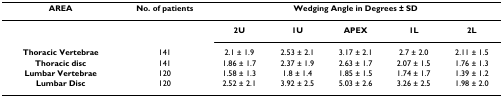
<table><thead><tr><td><b>AREA</b></td><td><b>No. of patients</b></td><td colspan="5"><b>Wedging Angle in Degrees ± SD</b></td></tr></thead><tbody><tr><td></td><td></td><td><b>2U</b></td><td><b>1U</b></td><td><b>APEX</b></td><td><b>1L</b></td><td><b>2L</b></td></tr><tr><td><b>Thoracic Vertebrae</b></td><td>141</td><td>2.1 ± 1.9</td><td>2.53 ± 2.1</td><td>3.17 ± 2.1</td><td>2.7 ± 2.0</td><td>2.11 ± 1.5</td></tr><tr><td><b>Thoracic disc</b></td><td>141</td><td>1.86 ± 1.7</td><td>2.37 ± 1.9</td><td>2.63 ± 1.7</td><td>2.07 ± 1.5</td><td>1.76 ± 1.3</td></tr><tr><td><b>Lumbar Vertebrae</b></td><td>120</td><td>1.58 ± 1.3</td><td>1.8 ± 1.4</td><td>1.85 ± 1.5</td><td>1.74 ± 1.7</td><td>1.39 ± 1.2</td></tr><tr><td><b>Lumbar Disc</b></td><td>120</td><td>2.52 ± 2.1</td><td>3.92 ± 2.5</td><td>5.03 ± 2.6</td><td>3.26 ± 2.5</td><td>1.98 ± 2.0</td></tr></tbody></table>